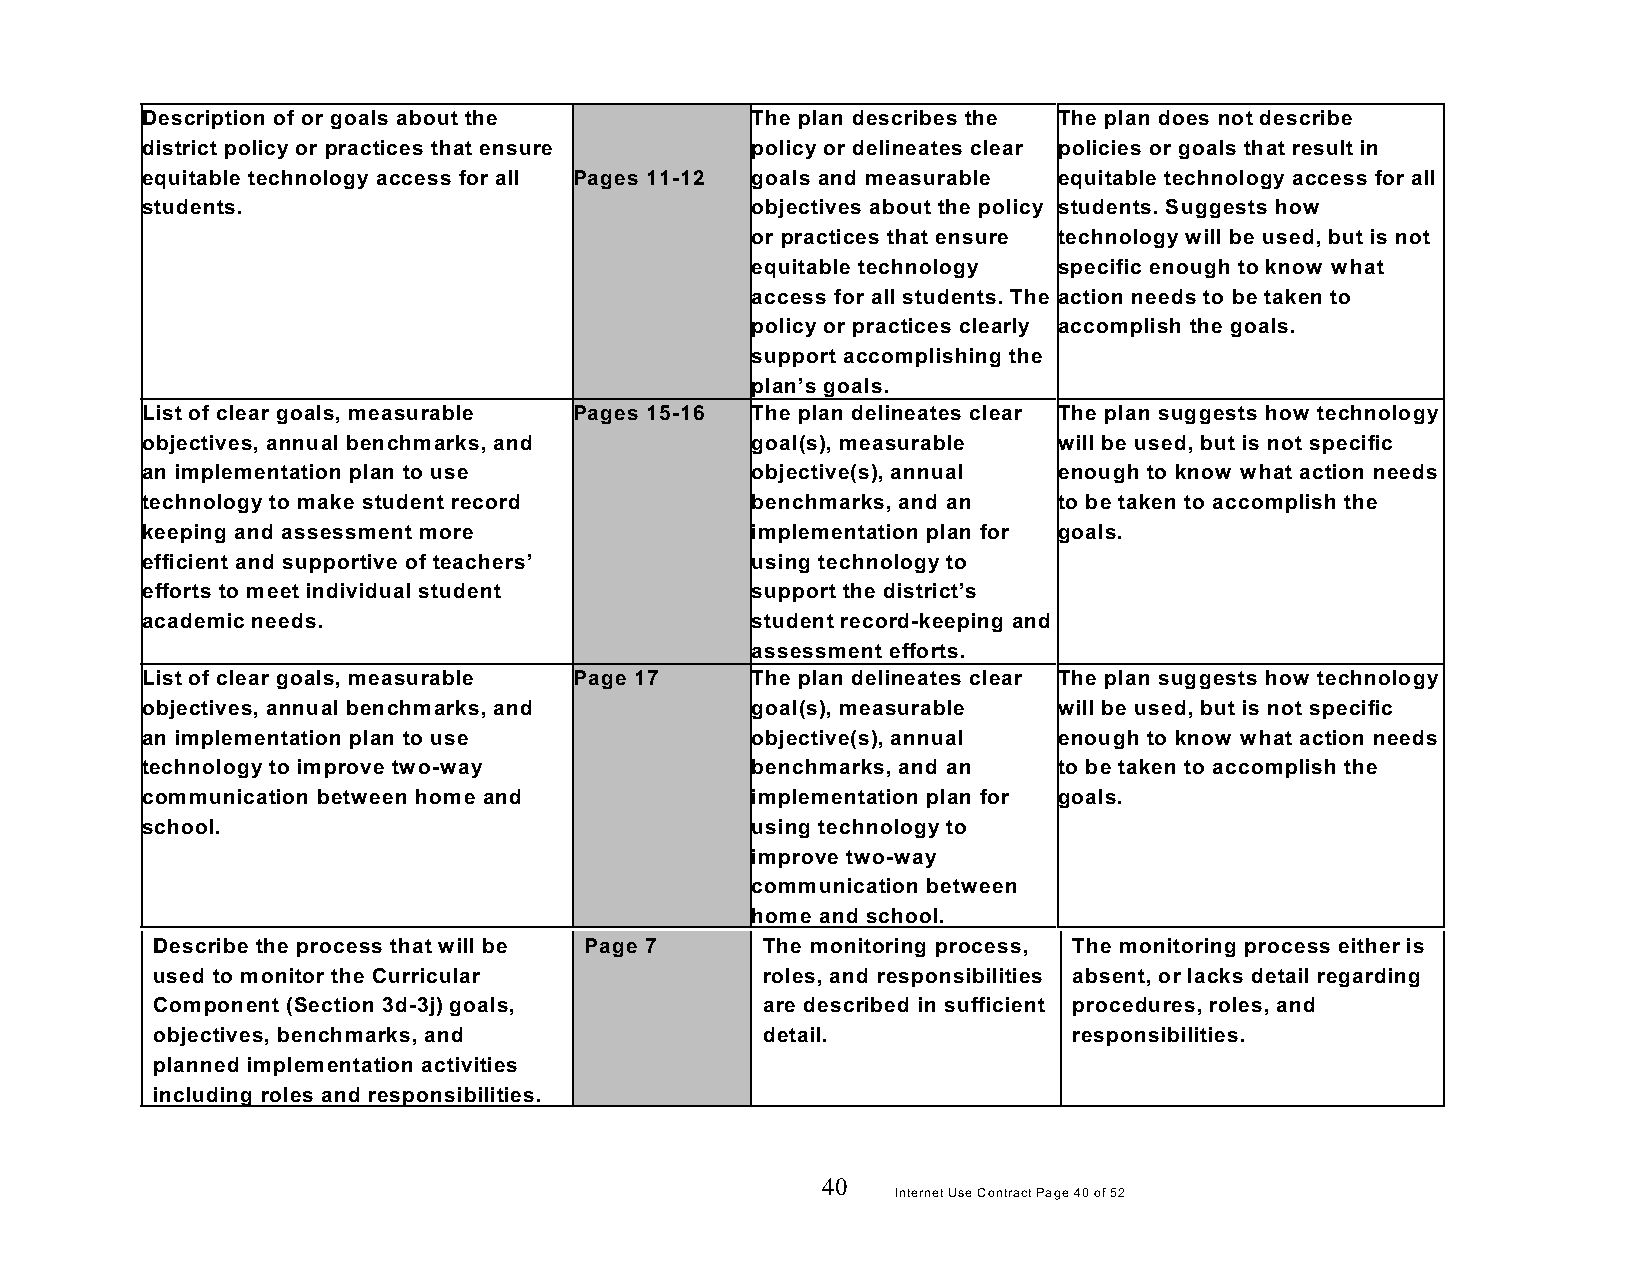
Description of or goals about the        The plan describes the The plan does not describe
 district policy or practices that ensure policy or delineates clear policies or goals that result in
 equitable technology access for all Pages 11-12 goals and measurable equitable technology access for all
 students.                                objectives about the policy students. Suggests how
 or practices that ensure technology will be used, but is not
 equitable technology specific enough to know what
 access for all students. The action needs to be taken to
 policy or practices clearly accomplish the goals.
 support accomplishing the
 plan’s goals.
 List of clear goals, measurable Pages 15-16 The plan delineates clear The plan suggests how technology
 objectives, annual benchmarks, and       goal(s), measurable will be used, but is not specific
 an implementation plan to use            objective(s), annual enough to know what action needs
 technology to make student record        benchmarks, and an  to be taken to accomplish the
 keeping and assessment more              implementation plan for goals.
 efficient and supportive of teachers’    using technology to
 efforts to meet individual student       support the district’s
 academic needs.                          student record-keeping and
 assessment efforts.
 List of clear goals, measurable Page 17  The plan delineates clear The plan suggests how technology
 objectives, annual benchmarks, and       goal(s), measurable will be used, but is not specific
 an implementation plan to use            objective(s), annual enough to know what action needs
 technology to improve two-way            benchmarks, and an  to be taken to accomplish the
 communication between home and           implementation plan for goals.
 school.                                  using technology to
 improve two-way
 communication between
 home and school.
 Describe the process that will be Page 7 The monitoring process, The monitoring process either is
 used to monitor the Curricular          roles, and responsibilities absent, or lacks detail regarding
 Component (Section 3d-3j) goals,        are described in sufficient procedures, roles, and
 objectives, benchmarks, and             detail.              responsibilities.
 planned implementation activities
 including roles and responsibilities.
 40
 Internet Use Contract Page 40 of 52